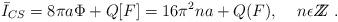
LaTeX: \begin{align*}\bar I_{CS}= 8\pi a\Phi +Q[F]= 16\pi^2 na + Q(F), \;\;\;\;n \epsilon Z\!\!\!Z \; .\end{align*}